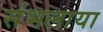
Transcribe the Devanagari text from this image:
संभलाया